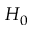
H _ { 0 }